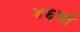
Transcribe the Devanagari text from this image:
४६वां